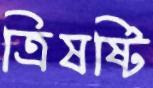
ত্রিষষ্টি